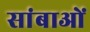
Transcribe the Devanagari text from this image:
सांबाओं